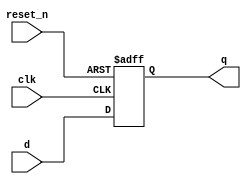
module _dff_r(clk, reset_n, d, q);	//module of resettable D flip flop
	input clk, reset_n, d;				//input ports clk - clock , reset_n - ~(reset signal)	, d - input data
	output reg q;							// output q - result value
	
	always@ (posedge clk or negedge reset_n)	//whenever clock purse is rising edge or reset_n is falling edge 
	begin													
		if(reset_n == 0) q <= 1'b0;				//if reset_n is 0 , q is 0
		else q<=d;										//else if reset_n isn't 0, q is d
	end
	
endmodule									//end module